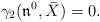
LaTeX: \begin{align*}\gamma_2(\mathfrak{n}^0,\bar X)=0.\end{align*}